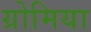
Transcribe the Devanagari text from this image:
ग्रोमिया